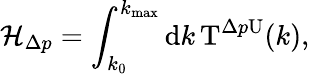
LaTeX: \mathcal{H}_{\Delta p}=\int_{k_{0}}^{k_{\mathrm{max}}}\mathrm{d}k\, \mathrm{T}^{\Delta p\mathrm{U}}(k),